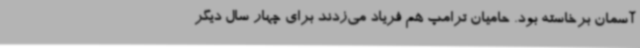
آسمان برخاسته بود. حامیان ترامپ هم فریاد می‌زدند برای چهار سال دیگر